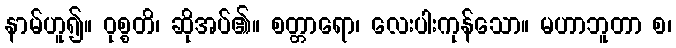
နာမ်ဟူ၍။ ဝုစ္စတိ၊ ဆိုအပ်၏။ စတ္တာရော၊ လေးပါးကုန်သော။ မဟာဘူတာ စ၊